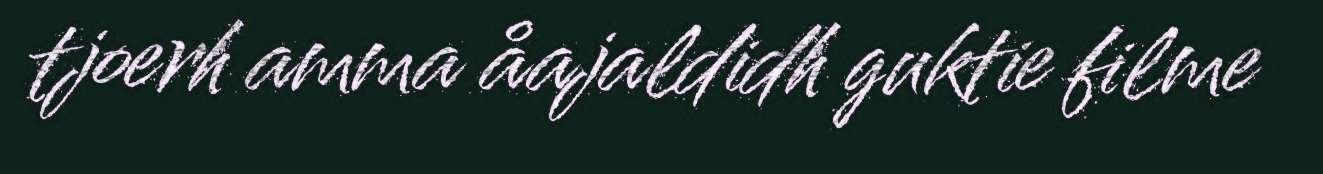
tjoerh amma åajaldidh guktie filme